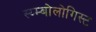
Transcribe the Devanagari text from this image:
स्य्म्बोलोगिस्ट